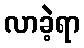
လာခဲ့ရာ